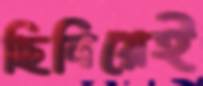
ছিনিয়েই